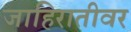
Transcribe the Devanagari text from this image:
जाहिरातीवर